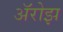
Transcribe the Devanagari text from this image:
ॲरोझ